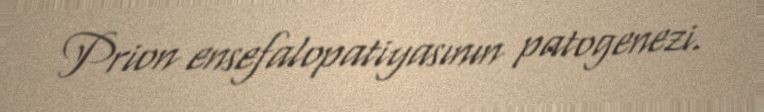
Prion ensefalopatiyasının patogenezi.